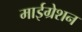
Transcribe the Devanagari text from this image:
माईग्रेशन